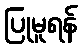
ပြုမူရန်